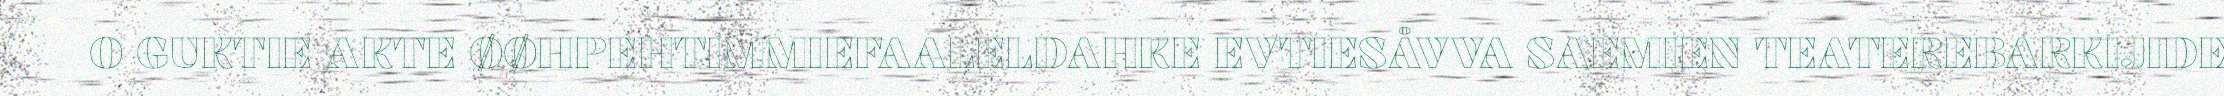
O GUKTIE AKTE ØØHPEHTIMMIEFAALELDAHKE EVTIESÅVVA SAEMIEN TEATEREBARKIJIDE